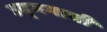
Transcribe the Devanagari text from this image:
उद्‌गमाची